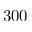
3 0 0